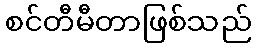
စင်တီမီတာဖြစ်သည်